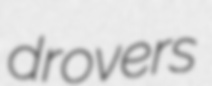
drovers